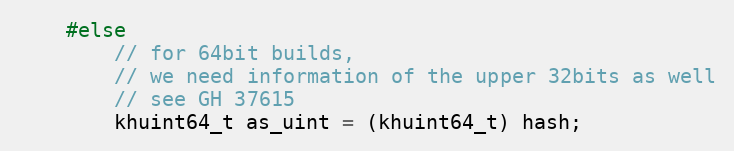
Language: C
    #else
        // for 64bit builds,
        // we need information of the upper 32bits as well
        // see GH 37615
        khuint64_t as_uint = (khuint64_t) hash;